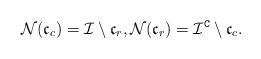
LaTeX: \begin{align*}\mathcal{N}(\mathfrak{c}_{c})=\mathcal{I}\setminus\mathfrak{c}_{r}, \mathcal{N}(\mathfrak{c}_{r})=\mathcal{I}^{\mathtt{C}}\setminus\mathfrak{c}_{c}.\end{align*}